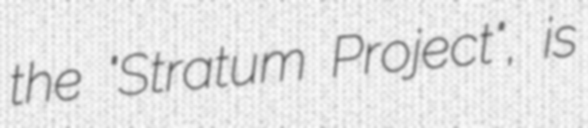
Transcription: the "Stratum Project", is